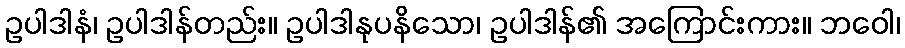
ဥပါဒါနံ၊ ဥပါဒါန်တည်း။ ဥပါဒါနုပနိသော၊ ဥပါဒါန်၏ အကြောင်းကား။ ဘဝေါ၊